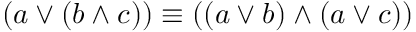
( a \lor ( b \land c ) ) \equiv ( ( a \lor b ) \land ( a \lor c ) )